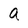
Character: a